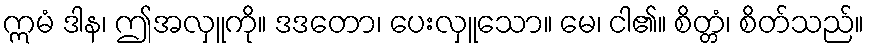
ဣမံ ဒါန၊ ဤအလှူကို။ ဒဒတော၊ ပေးလှူသော။ မေ၊ ငါ၏။ စိတ္တံ၊ စိတ်သည်။